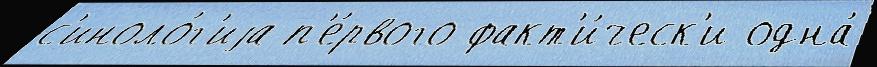
с'иноло́г'иjа п'е́рвого факт'и́ческ'и одна́